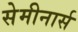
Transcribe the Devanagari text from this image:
सेमीनार्स